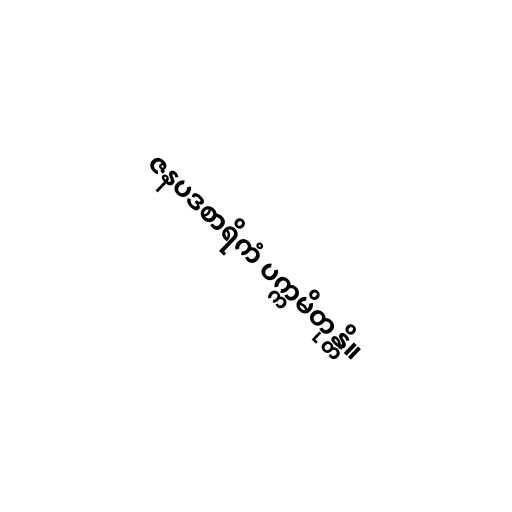
ဇနပဒစာရိကံ ပက္ကမိတုန္တိ။